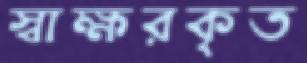
স্বাক্ষরকৃত